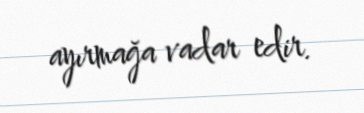
ayırmağa vadar edir.